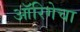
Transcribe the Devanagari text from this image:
ऑरिगेचा